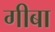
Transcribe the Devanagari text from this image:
गीबा